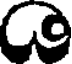
C